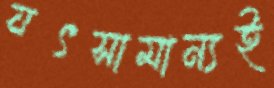
যৎসামান্যই